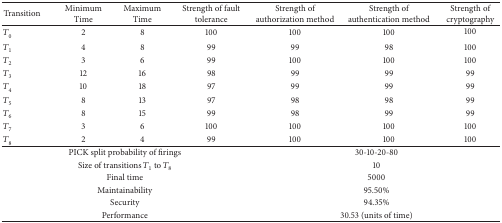
<table><thead><tr><td><b>Transition</b></td><td><b>Minimum Time</b></td><td><b>Maximum Time</b></td><td><b>Strength of fault tolerance</b></td><td><b>Strength of authorization method</b></td><td><b>Strength of authentication method</b></td><td><b>Strength of cryptography</b></td></tr></thead><tbody><tr><td><i>T</i><sub>0</sub></td><td>2</td><td>8</td><td>100</td><td>100</td><td>100</td><td>100</td></tr><tr><td><i>T</i><sub>1</sub></td><td>4</td><td>8</td><td>99</td><td>99</td><td>98</td><td>100</td></tr><tr><td><i>T</i><sub>2</sub></td><td>3</td><td>6</td><td>99</td><td>100</td><td>100</td><td>100</td></tr><tr><td><i>T</i><sub>3</sub></td><td>12</td><td>16</td><td>98</td><td>99</td><td>99</td><td>99</td></tr><tr><td><i>T</i><sub>4</sub></td><td>10</td><td>18</td><td>97</td><td>99</td><td>99</td><td>99</td></tr><tr><td><i>T</i><sub>5</sub></td><td>8</td><td>13</td><td>97</td><td>98</td><td>98</td><td>99</td></tr><tr><td><i>T</i><sub>6</sub></td><td>8</td><td>15</td><td>99</td><td>98</td><td>99</td><td>99</td></tr><tr><td><i>T</i><sub>7</sub></td><td>3</td><td>6</td><td>100</td><td>100</td><td>100</td><td>100</td></tr><tr><td><i>T</i><sub>8</sub></td><td>2</td><td>4</td><td>99</td><td>100</td><td>100</td><td>100</td></tr><tr><td colspan="4">PICK split probability of firings</td><td colspan="3">30-10-20-80</td></tr><tr><td colspan="4">Size of transitions <i>T</i><sub>1</sub> to <i>T</i><sub>8</sub></td><td colspan="3">10</td></tr><tr><td colspan="4">Final time</td><td colspan="3">5000</td></tr><tr><td colspan="4">Maintainability</td><td colspan="3">95.50%</td></tr><tr><td colspan="4">Security</td><td colspan="3">94.35%</td></tr><tr><td colspan="4">Performance</td><td colspan="3">30.53 (units of time)</td></tr></tbody></table>